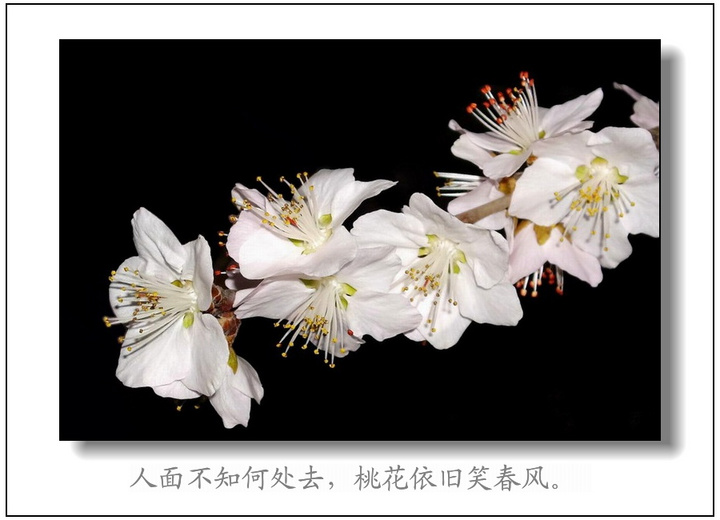
春风桃李花开日，秋雨梧桐叶落时。